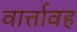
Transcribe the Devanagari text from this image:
वार्त्तावह